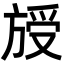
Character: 𣄁